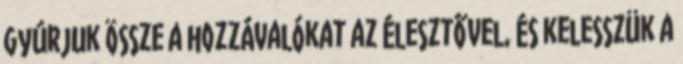
Gyúrjuk össze a hozzávalókat az élesztővel, és kelesszük a